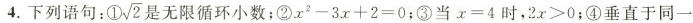
4.下列语句:①\sqrt{2}是无限循环小数;②$$x ^ { 2 } - 3 x + 2 = 0$$;③当$$x = 4$$时,$$2 x > 0$$;④垂直于同-一